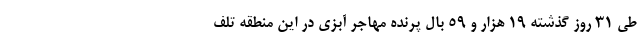
طی ۳۱ روز گذشته ۱۹ هزار و ۵۹ بال پرنده مهاجر آبزی در این منطقه تلف